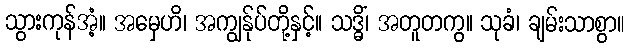
သွားကုန်အံ့။ အမှေဟိ၊ အကျွန်ုပ်တို့နှင့်။ သဒ္ဓိံ၊ အတူတကွ။ သုခံ၊ ချမ်းသာစွာ။